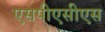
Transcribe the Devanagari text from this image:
एसपीएसीएस